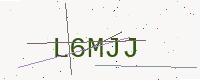
Text: L6MJJ